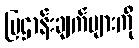
ပြဌာန်းချက်များကို